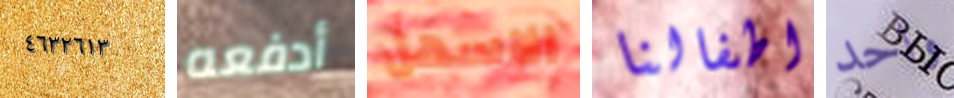
٤٦٣٢٦١٣ أدفعه الاسهل اطفالنا واحد